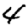
Digit: 4